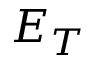
E _ { T }